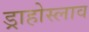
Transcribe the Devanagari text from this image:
ड्राहोस्लाव